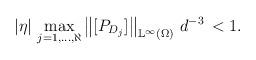
LaTeX: \begin{align*}|\eta| \, \max_{j=1, ..., \aleph}\left\lVert[P_{D_j}]\right\rVert_{\mathbb{L}^{\infty}(\Omega)} \, d^{-3} \, <1.\end{align*}